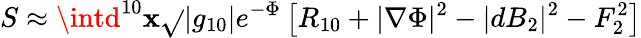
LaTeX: S\approx\intd^{10}\mathbf{x}\sqrt{}{{|g_{10}|}}e^{-\Phi}\left[R_{10}+|\nabla\Phi|^{2}-|dB_{2}|^{2}-F_{2}^{2}\right]